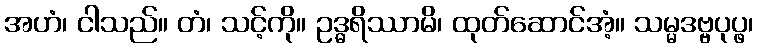
အဟံ၊ ငါသည်။ တံ၊ သင့်ကို။ ဥဒ္ဓရိဿာမိ၊ ထုတ်ဆောင်အံ့။ သမ္မဒဗ္ဗပုပ္ဖ၊